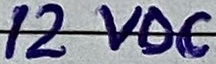
Text: 12VDC